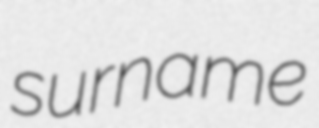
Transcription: surname